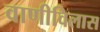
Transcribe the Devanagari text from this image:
वाणीविलास